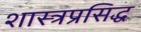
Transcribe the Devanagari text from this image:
शास्त्रप्रसिद्ध